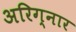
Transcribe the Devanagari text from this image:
अरिग्नार